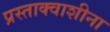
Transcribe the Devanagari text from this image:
प्रस्ताक्वाशीना